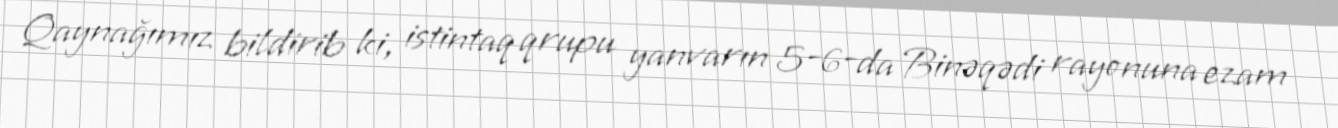
Qaynağımız bildirib ki, istintaq qrupu yanvarın 5-6-da Binəqədi rayonuna ezam